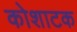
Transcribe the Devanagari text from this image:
कोशाटक